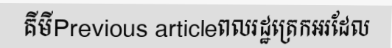
គីមីPrevious articleពលរដ្ឋត្រេកអរដែល